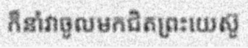
ក៏នាំវាចូលមកជិតព្រះយេស៊ូ